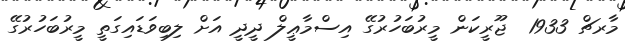
މާރޗް 1933  ޖޫރީކަން މީރުބަހުރުގޭ އިސްމާޢީލް ދީދީ އަށް ލިބިވަޑައިގަތީ މީރުބަހުރުގޭ